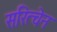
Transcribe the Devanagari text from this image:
सरित्चेन